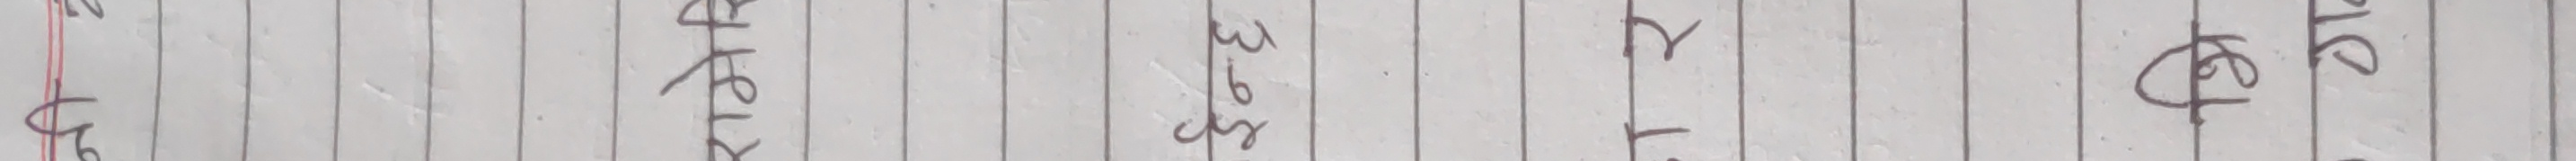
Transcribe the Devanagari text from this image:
अव्यक्तिगत